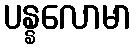
ပန္နလောမာ